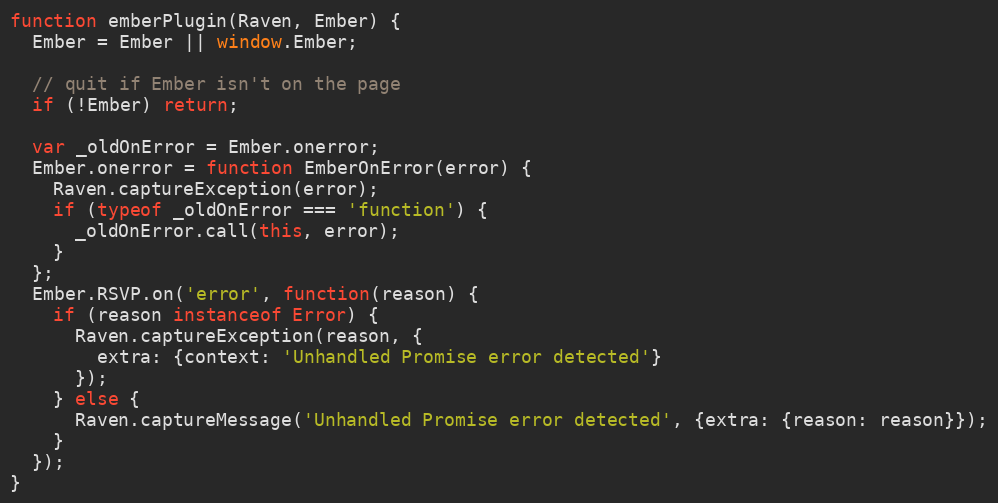
Language: JavaScript
function emberPlugin(Raven, Ember) {
  Ember = Ember || window.Ember;

  // quit if Ember isn't on the page
  if (!Ember) return;

  var _oldOnError = Ember.onerror;
  Ember.onerror = function EmberOnError(error) {
    Raven.captureException(error);
    if (typeof _oldOnError === 'function') {
      _oldOnError.call(this, error);
    }
  };
  Ember.RSVP.on('error', function(reason) {
    if (reason instanceof Error) {
      Raven.captureException(reason, {
        extra: {context: 'Unhandled Promise error detected'}
      });
    } else {
      Raven.captureMessage('Unhandled Promise error detected', {extra: {reason: reason}});
    }
  });
}